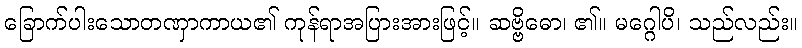
ခြောက်ပါးသောတဏှာကာယ၏ ကုန်ရာအပြားအားဖြင့်။ ဆဗ္ဗိဓော၊ ၏။ မဂ္ဂေါပိ၊ သည်လည်း။